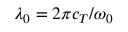
\lambda _ { 0 } = 2 \pi c _ { T } / \omega _ { 0 }